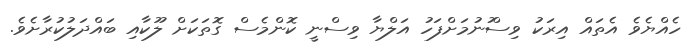
ހެއްޔެވެ އެތައް އިރަކު ވިސްުނުމަށްފަހު އަލްޔާ ވިިސްނީ ކޮންމެސް ގޮތަކަށް ލޫކާއި ބައްދަލުކުރާށެވެ.